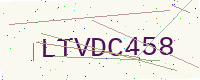
Text: LTVDC458